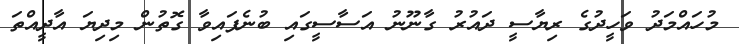
މުހައްމަދު ވަހީދުގެ ރިޔާސީ ދައުރު ގާނޫނު އަސާސީގައި ބުނެފައިވާ ގޮތުން މިދިޔަ އާދީއްތަ